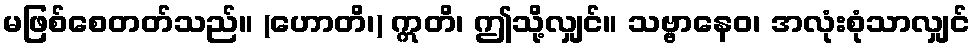
မဖြစ်စေတတ်သည်။ (ဟောတိ၊) ဣတိ၊ ဤသို့လျှင်။ သဗ္ဗာနေဝ၊ အလုံးစုံသာလျှင်